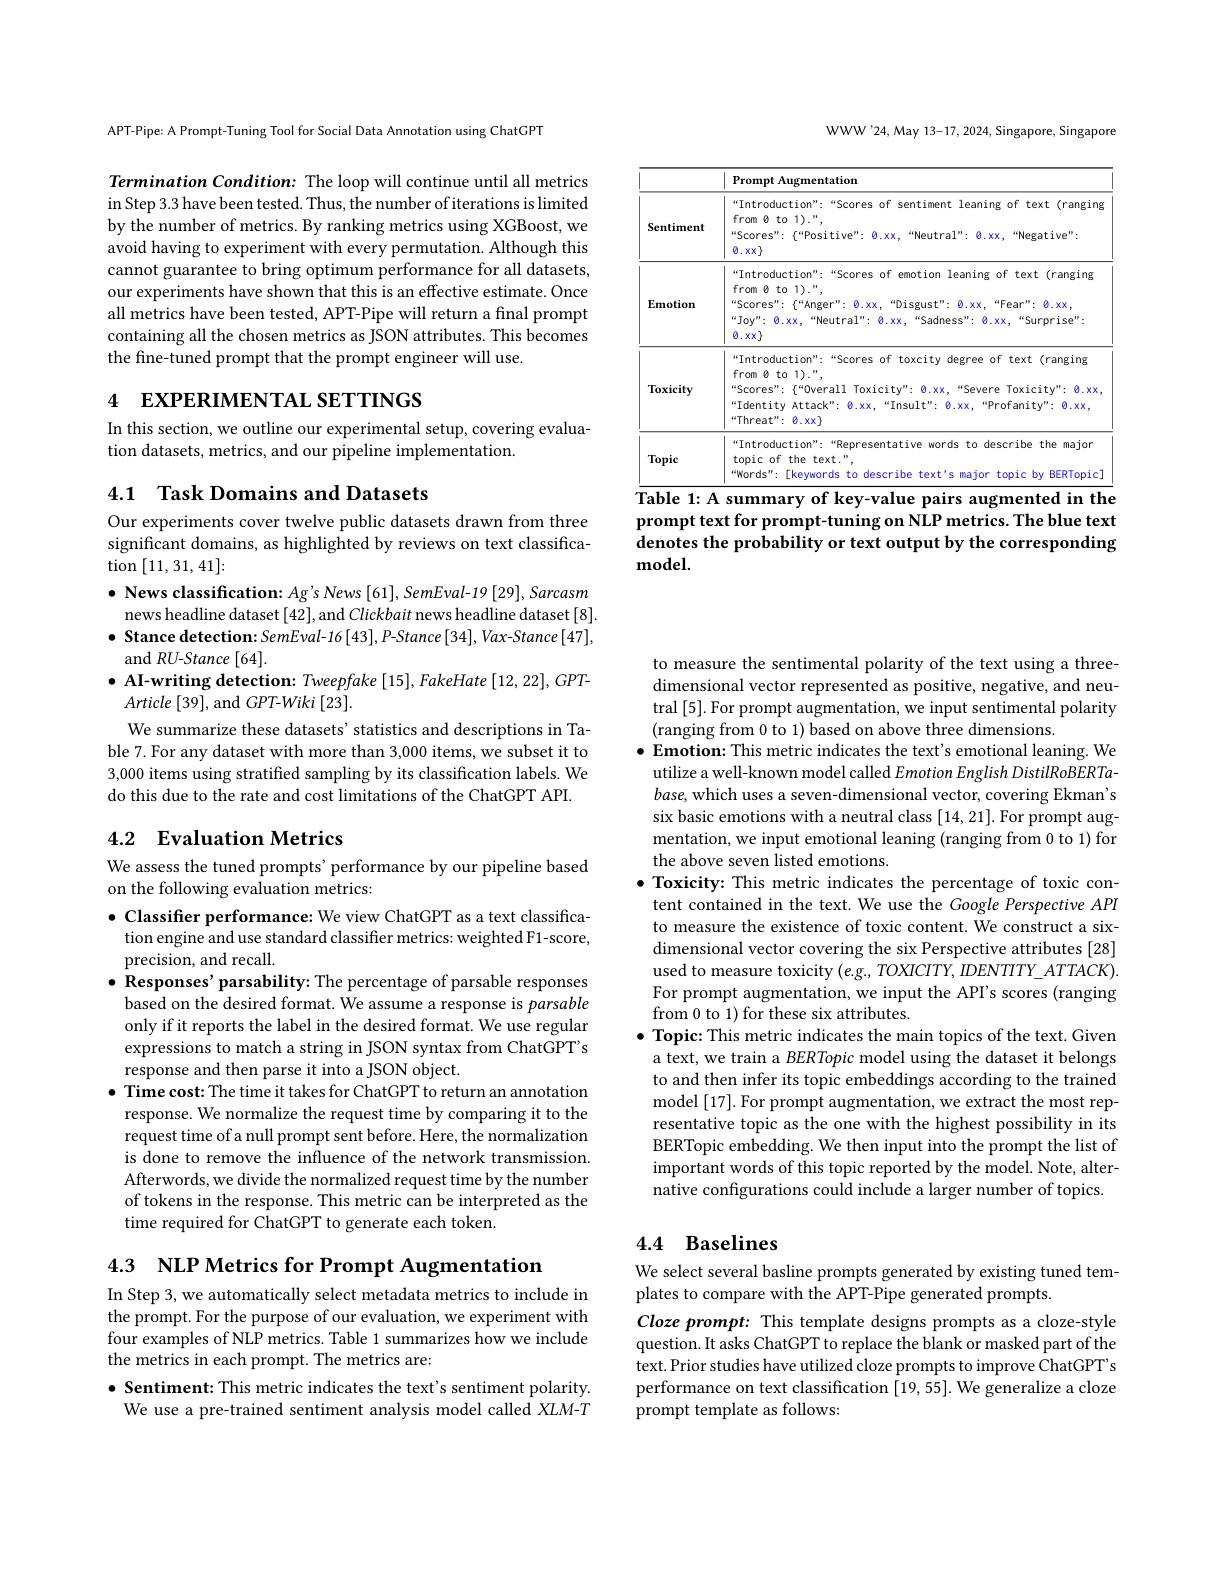
WWW'24,May 13-17, 2024, Singapore, Singapore

<table>
	<tbody>
		<tr>
			<th> </th>
			<th>Prompt Augmentation</th>
		</tr>
		<tr>
			<td>Sentiment</td>
			<td>“Introduction”:“Scores of sentiment leaning of text (ranging Scores": $\{“$Positive": 0.xx,“Neutral”: 0.xx,“Negative”: from 8 to 1).", $0.xx\}$</td>
		</tr>
		<tr>
			<td>Emotion</td>
			<td>“Introduction”:“Scores of emotion leaning of text(ranging Scores": $\{ “$Anger" : 0. xx, “ Disgust" : 0. xx, “ Fear" : 0. xx, from 8 to 1).", “Joy”: Ø.xx,“Neutral”: Ø.xx,“Sadness": Ø.xx,“Surprise”: $0.xx\}$</td>
		</tr>
		<tr>
			<td>Toxicity</td>
			<td>“Introduction”:“Scores of toxcity degree of text (ranging from 8 to 1).", "Scores": \{“Overall Toxicity": Ø.xx,“Severe Toxicity" Ø.xx, “Identity Attack": Ø.xx,“Insult" Ø.xx,“Profanity”: Ø.xx, “Threat": 8. xx</td>
		</tr>
		<tr>
			<td>Topic</td>
			<td>“Introduction”:“Representative words to describe the major topic of the text." $wwords^{\prime\prime}:$ Tkeywords to describe text's maior topic by BERTopic</td>
		</tr>
	</tbody>
</table>
$\overline{\text{Table 1: A summary of key-value pairs augmented in the}}$

prompt text for prompt-tuning on NLP metrics. The blue text denotes the probability or text output by the corresponding model.

APT-Pipe: A Prompt-Tuning Tool for Social Data Annotation using ChatGPT

Termination Condition: The loop will continue until all metrics in Step 3.3 have been tested. Thus, the number of iterations is limited by the number of metrics. By ranking metrics using XGBoost, we avoid having to experiment with every permutation. Although this cannot guarantee to bring optimum performance for all datasets, our experiments have shown that this is an effective estimate. Once all metrics have been tested, APT-Pipe will return a final prompt containing all the chosen metrics as JSON attributes. This becomes the fine-tuned prompt that the prompt engineer will use.

4 EXPERIMENTAL SETTINGS

In this section, we outline our experimental setup, covering evalua-
tion datasets, metrics, and our pipeline implementation.

4.1 Task Domains and Datasets

Our experiments cover twelve public datasets drawn from three significant domains, as highlighted by reviews on text classifica- $\operatorname{tion}\left[11,31,41\right]:$
$\bullet$ News classification: Ag's News [61], SemEval-19 [29], Sarcasm news headline dataset [42], and Clickbait news headline dataset [8]. $\bullet$ Stance detection: SemEval-16[43],P–Stance[34],Vax–Stance[47], and RU-Stance [64].
$\bullet$ AI-writing detection: Tweepfake [15], FakeHate [12, 22], GPT-
Article [39], and $GPT- Wiki$ [23].
We summarize these datasets' statistics and descriptions in Table 7. For any dataset with more than 3,000 items, we subset it to 3,000 items using stratified sampling by its classification labels. We do this due to the rate and cost limitations of the ChatGPT API.

## 4.2 Evaluation Metrics

We assess the tuned prompts' performance by our pipeline based
on the following evaluation metrics:

$\bullet$ Classifier performance: We view ChatGPT as a text classification engine and use standard classifier metrics: weighted F1-score, precision, and recall.
$\bullet$ Responses' parsability: The percentage of parsable responses based on the desired format. We assume a response is parsable only if it reports the label in the desired format. We use regular expressions to match a string in JSON syntax from ChatGPT's response and then parse it into a JSON object.
$\bullet$ Time cost: The time it takes for ChatGPT to return an annotation response. We normalize the request time by comparing it to the request time of a null prompt sent before. Here, the normalization is done to remove the influence of the network transmission. Afterwords, we divide the normalized request time by the number of tokens in the response. This metric can be interpreted as the time required for ChatGPT to generate each token.

4.3 NLP Metrics for Prompt Augmentation

In Step 3, we automatically select metadata metrics to include in the prompt. For the purpose of our evaluation, we experiment with four examples of NLP metrics. Table 1 summarizes how we include the metrics in each prompt. The metrics are:

$\bullet$ Sentiment: This metric indicates the text's sentiment polarity. We use a pre-trained sentiment analysis model called XLM-T

to measure the sentimental polarity of the text using a threedimensional vector represented as positive, negative, and neutral [5]. For prompt augmentation, we input sentimental polarity (ranging from 0 to 1) based on above three dimensions.
$\bullet$ Emotion: This metric indicates the text's emotional leaning. We
utilize a well-known model called Emotion English DistilRoBERTa- $base$, which uses a seven-dimensional vector, covering Ekman's six basic emotions with a neutral class [14,21]. For prompt augmentation, we input emotional leaning (ranging from 0 to 1) for the above seven listed emotions.
$\bullet$ Toxicity: This metric indicates the percentage of toxic con-
tent contained in the text. We use the Google Perspective API to measure the existence of toxic content. We construct a sixdimensional vector covering the six Perspective attributes [28] used to measure toxicity $(e.g.,TOXICITY,IDENTTTY\_ATTACK).$ For prompt augmentation, we input the API's scores (ranging from 0 to 1) for these six attributes.
$\bullet$ Topic: This metric indicates the main topics of the text. Given a text, we train a BERTopic model using the dataset it belongs to and then infer its topic embeddings according to the trained model [17]. For prompt augmentation, we extract the most representative topic as the one with the highest possibility in its BERTopic embedding. We then input into the prompt the list of important words of this topic reported by the model. Note, alternative configurations could include a larger number of topics.

## 4.4 Baselines

We select several basline prompts generated by existing tuned tem-
plates to compare with the APT-Pipe generated prompts
Cloze prompt: This template designs prompts as a cloze-style question. It asks ChatGPT to replace the blank or masked part of the text. Prior studies have utilized cloze prompts to improve ChatGPT's performance on text classification [19,55]. We generalize a cloze prompt template as follows: